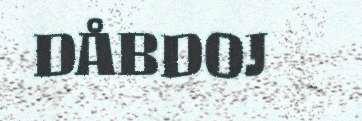
DÅBDOJ